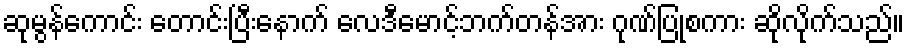
ဆုမွန်ကောင်း တောင်းပြီးနောက် လေဒီမောင့်ဘက်တန်အား ဂုဏ်ပြုစကား ဆိုလိုက်သည်။